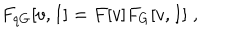
F _ { q G } [ v , I ] = F [ v ] F _ { G } [ v , I ] \; ,